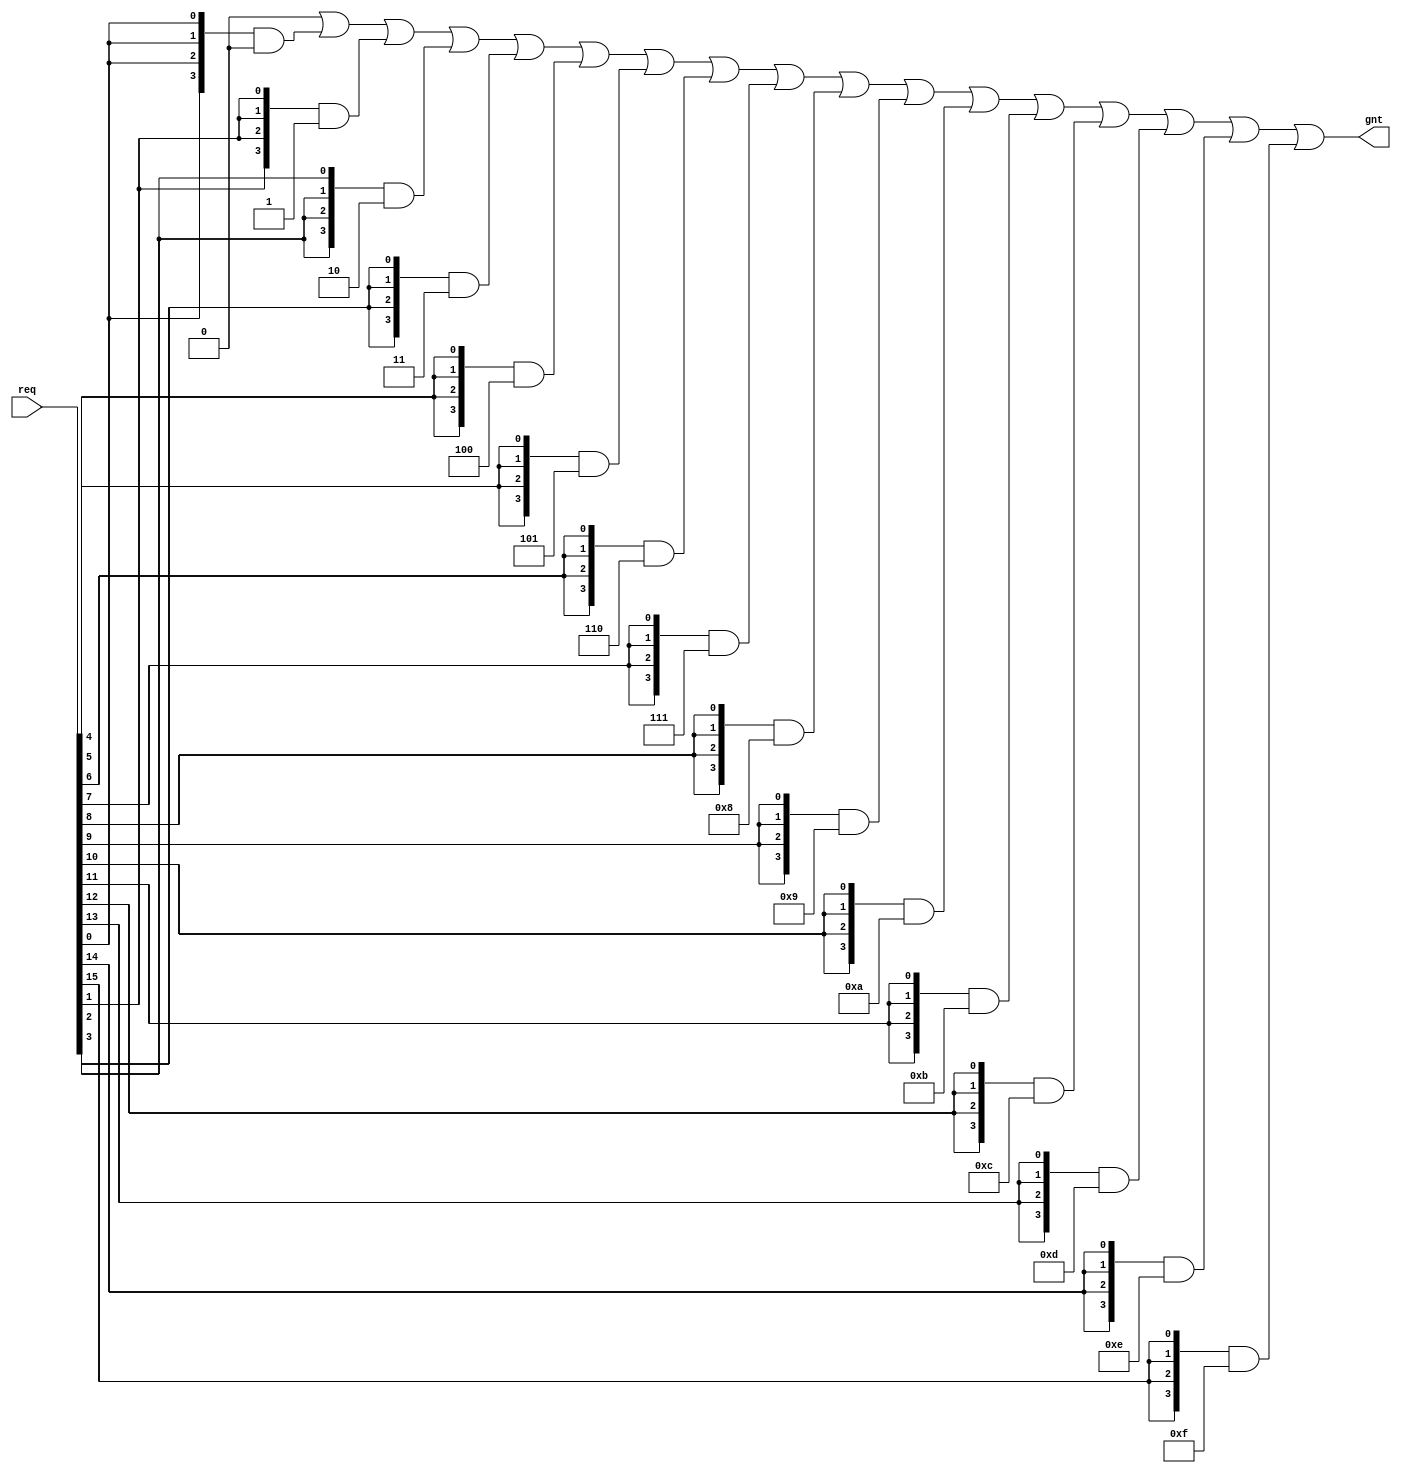
/*****************************************************************************\
|                         Copyright (C) 2022 Luke Wren                        |
|                     SPDX-License-Identifier: Apache-2.0                     |
\*****************************************************************************/

// req: one-hot bitmap
// idx: index of the sole set bit in req

`default_nettype none

module hazard3_onehot_encode #(
	parameter W_REQ = 16,
	parameter W_GNT = $clog2(W_REQ) // do not modify
) (
	input  wire [W_REQ-1:0] req,
	output reg  [W_GNT-1:0] gnt
);

always @ (*) begin: encode
	reg [W_GNT:0] i;
	gnt = {W_GNT{1'b0}};
	for (i = 0; i < W_REQ; i = i + 1) begin
		gnt = gnt | ({W_GNT{req[i[W_GNT-1:0]]}} & i[W_GNT-1:0]);
	end
end

endmodule

`ifndef YOSYS
`default_nettype wire
`endif